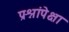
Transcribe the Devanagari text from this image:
प्रश्नांपेक्षा